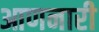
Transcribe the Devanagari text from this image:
आणनारी